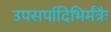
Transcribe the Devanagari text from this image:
उपसर्पादिभिर्मंत्रैः